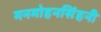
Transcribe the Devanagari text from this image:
मनमोहनसिंहनी